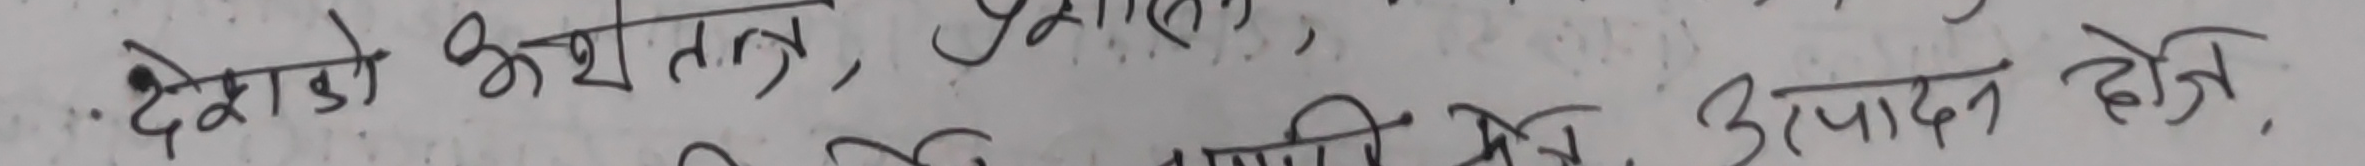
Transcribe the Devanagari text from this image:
• देशको अर्थतन्त्र, पूँजीगत
मानिसले उत्पादन होइन,